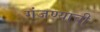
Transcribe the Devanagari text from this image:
गंजण्याची